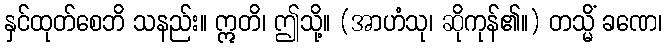
နှင်ထုတ်စေဘိ သနည်း။ ဣတိ၊ ဤသို့။ (အာဟံသု၊ ဆိုကုန်၏။) တသ္မိံ ခဏေ၊